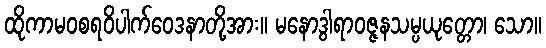
ထိုကာမဝစရဝိပါက်ဝေဒနာတို့အား။ မနောဒွါရာဝဇ္ဇနသမ္ပယုတ္တော၊ သော။